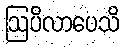
ဩပိလာပေသိ